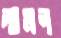
লামন